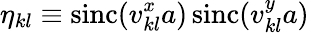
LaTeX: \eta_{kl}\equiv\operatorname{sinc}(v_{kl}^{x}a)\operatorname{sinc}(v_{kl}^{y}a)